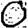
Digit: 0